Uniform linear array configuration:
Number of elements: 4
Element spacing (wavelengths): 1
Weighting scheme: binomial
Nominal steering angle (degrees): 0
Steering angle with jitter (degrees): -1.661
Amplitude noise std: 0.05
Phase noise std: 0.05

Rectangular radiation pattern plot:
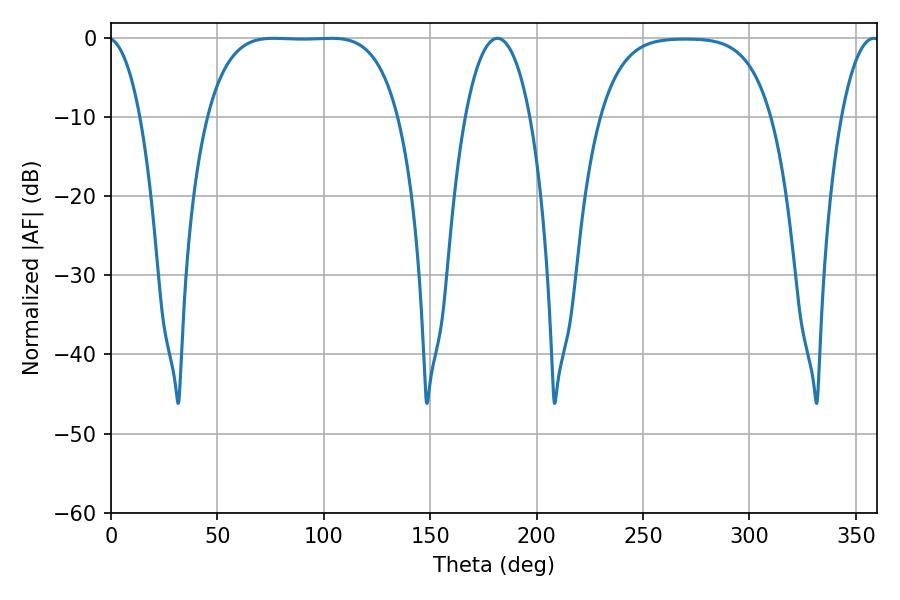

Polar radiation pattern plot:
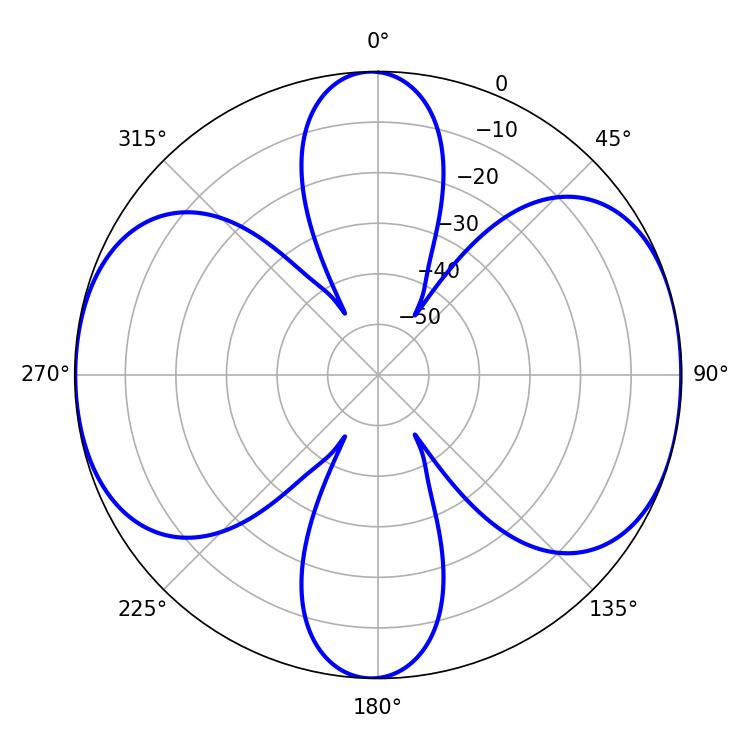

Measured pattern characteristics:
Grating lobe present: TRUE
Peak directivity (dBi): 10.407
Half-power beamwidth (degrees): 69.12
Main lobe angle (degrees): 76.5